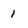
Character: 1